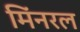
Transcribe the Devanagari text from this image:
मिंनरल